画像に写った文字を読んでください
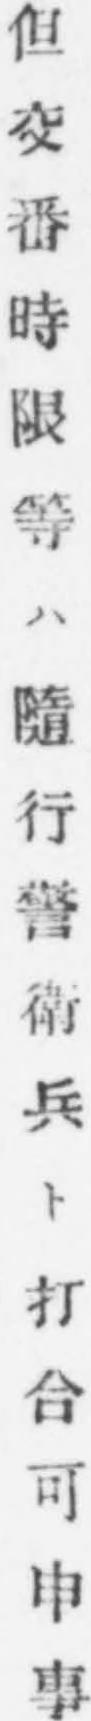
「但交番時限等ハ隨行警衛兵ト打合可申事」と書いてあります